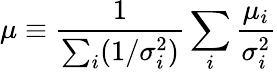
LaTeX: \mu\equiv\frac{1}{\sum_{i}(1/\sigma_{i}^{2})}\sum_{i}\frac{\mu_{i}}{\sigma_{i}^{2}}